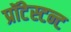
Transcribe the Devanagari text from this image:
प्रॉटेस्टन्ट